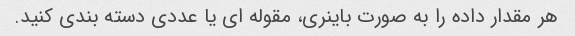
هر مقدار داده را به صورت باینری، مقوله ای یا عددی دسته بندی کنید.